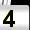
Digit: 4